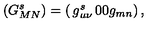
\left( G _ { M N } ^ { s } \right) = \left( \begin{matrix} { g _ { \mu \nu } ^ { s } } & { 0 } \\ { 0 } & { g _ { m n } } \\ \end{matrix} \right) ,